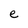
Character: e